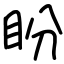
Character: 盼